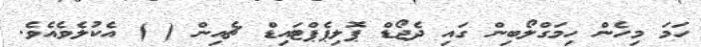
ހަމަ މިހެން ހިމަގްލޯބިން ގައި ދެޖޯޑް ޕޮލިޕެޕްޓައިޑް ޗެއިން ( ) އެކުލެވެއެވެ.